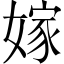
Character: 嫁